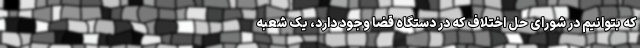
که بتوانیم در شورای حل اختلاف که در دستگاه قضا وجود دارد، یک شعبه